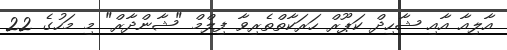
އާލިއާ އާއި ޝާހިދް ކަޕޫރް ހަރަކާތްތެރިވާ ފިލްމް "ޝާންދާރް" މި މަހުގެ 22